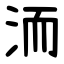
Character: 洏